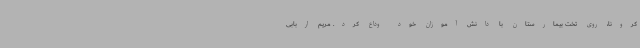
کرونا، روی تخت بیمارستان با دانش آموزان خود وداع کرد. مریم اربابی